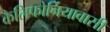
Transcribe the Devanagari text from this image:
कैलिफोर्नियावासी